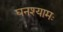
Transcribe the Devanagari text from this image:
घनश्यामः